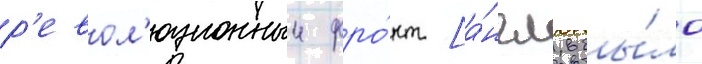
р'евол'юционныи фро́нт [а́нгл. бы́ло